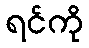
ရင်ကို